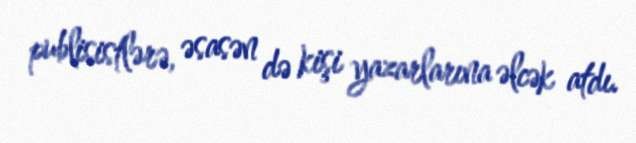
publisistlərə, əsasən də kişi yazarlarına əlcək atdı.